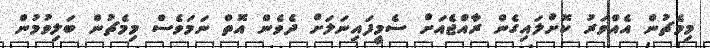
މިމެޗުން އެއްވަރު ކޮށްލައިގެން ރާއްޖެއަށް ސެމީފައިނަލަށް ދެވެން އޮތް ނަމަވެސް މިމެޗުން ބަލިވުމުން